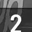
Digit: 2